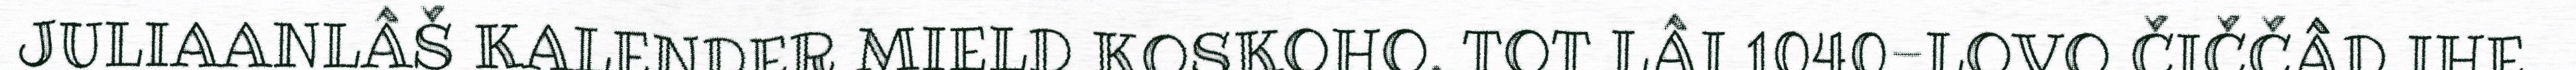
JULIAANLÂŠ KALENDER MIELD KOSKOHO. TOT LÂI 1040-LOVO ČIČČÂD IHE.